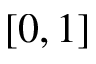
[ 0 , 1 ]